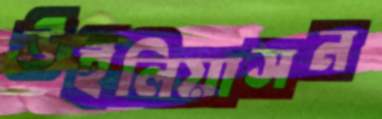
উইলিয়াসন